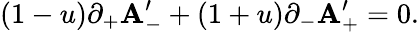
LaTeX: (1-u)\partial_{+}\mathbf{A}_{-}^{\prime}+(1+u)\partial_{-}\mathbf{A}_{+}^{\prime}=0.